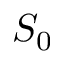
S _ { 0 }